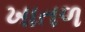
ખાતળ